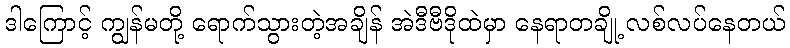
ဒါကြောင့် ကျွန်မတို့ ရောက်သွားတဲ့အချိန် အဲဒီဗီဒိုထဲမှာ နေရာတချို့ လစ်လပ်နေတယ်